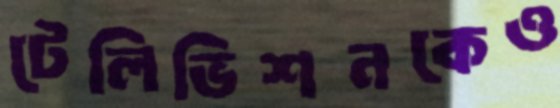
টেলিভিশনকেও